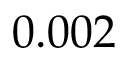
0 . 0 0 2